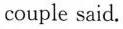
couple said.